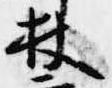
杖